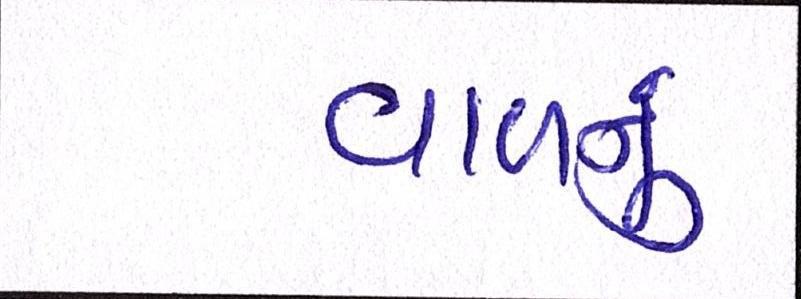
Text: વાળનું